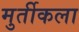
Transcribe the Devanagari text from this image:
मुर्तीकला